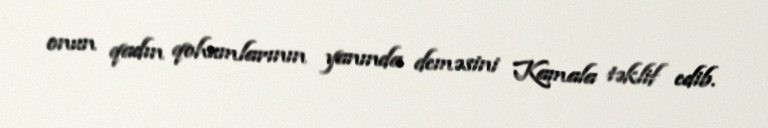
onun qadın qohumlarının yanında deməsini Kamala təklif edib.